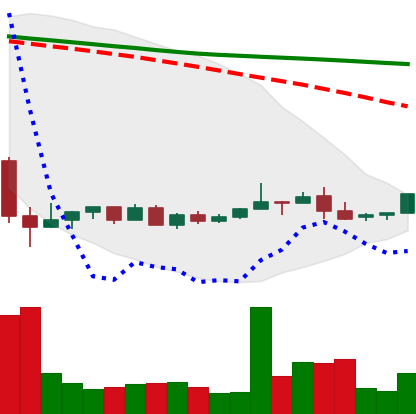
Ticker: NEO-USD
Chart end date: 2022-05-30
Forward return: -4.057%
Label: down_3_5